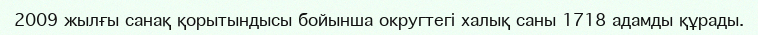
2009 жылғы санақ қорытындысы бойынша округтегі халық саны 1718 адамды құрады.